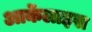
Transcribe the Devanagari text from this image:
आर्केलाइस